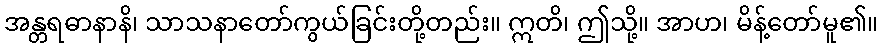
အန္တရဓာနာနိ၊ သာသနာတော်ကွယ်ခြင်းတို့တည်း။ ဣတိ၊ ဤသို့။ အာဟ၊ မိန့်တော်မူ၏။